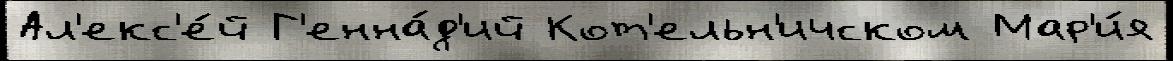
Ал'екс'е́й Г'енна́д'ий Кот'ельн'ичском Мар'и́я